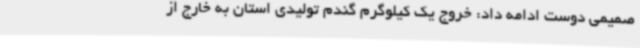
صمیمی دوست ادامه داد: خروج یک کیلوگرم گندم تولیدی استان به خارج از